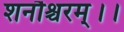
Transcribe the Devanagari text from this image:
शनौश्चरम्।।